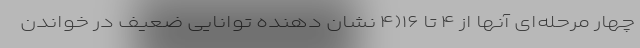
چهار مرحله‌ای آنها از ۴ تا ۱۶(۴ نشان دهنده توانایی ضعیف در خواندن